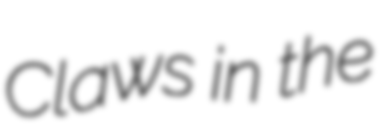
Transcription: Claws in the